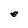
Character: e